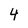
Character: 4